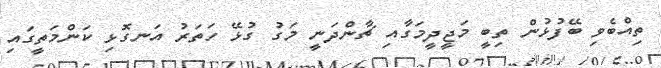
ތިއްބެވި ބޭފުޅުން ތިބީ މަޖީދީމަގާއި ޗާންދަނީ މަގު ގުޅޭ ހަތަރު އަނގޮޅި ކަންމަތީގައި